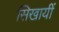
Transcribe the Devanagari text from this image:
सिखायीं